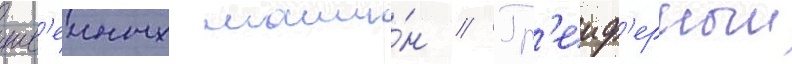
шв'еиных маши́н // Гр'еиф'ерныи